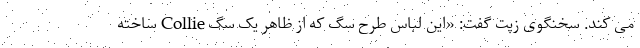
می کند. سخنگوی زپت گفت: «این لباس طرح سگ که از ظاهر یک سگ Collie ساخته